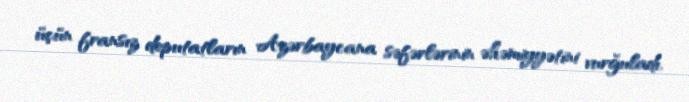
üçün fransız deputatların Azərbaycana səfərlərinin əhəmiyyətini vurğuladı.